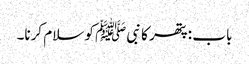
باب : پتھر کا نبیﷺ کو سلام کرنا۔